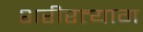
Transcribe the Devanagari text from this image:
शरीरत्याग